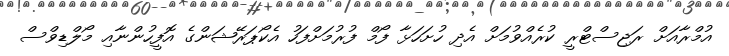
އުމްރާއަށް ރަޖިސްޓްރީ ކުރެއްވުމަށް އެދި ހުށަހަޅާ ފޯމް ފުރުމަށްފަހު އެކޯޕަރޭޝަންގެ އޮފީހުންނާއި މޯލްޑިވްސް